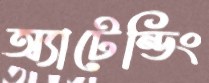
অ্যাটেন্ডিং